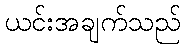
ယင်းအချက်သည်